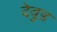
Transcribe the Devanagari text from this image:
देवुड